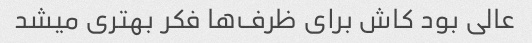
عالی بود کاش برای ظرف‌ها فکر بهتری میشد